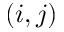
( i , j )